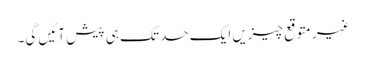
غیر متوقع چیزیں ایک حد تک ہی پیش آئیں گی۔